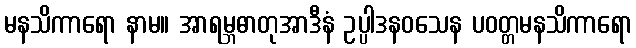
မနသိကာရော နာမ။ အာရမ္ဘဓာတုအာဒီနံ ဥပ္ပါဒနဝသေန ပဝတ္တမနသိကာရော